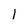
Character: 1